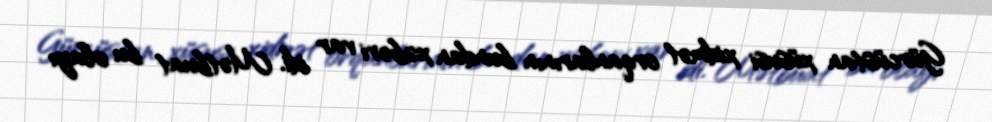
Gürcüstan xüsusi xidmət orqanlarının bundan xəbəri var idi. Mətbuat bu olayı